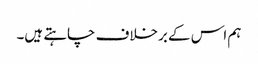
ہم اس کے برخلاف چاہتے ہیں۔